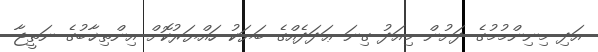
އަދި މިނިންމުމުގެ ދަށުން މިއަދު ގިނަ ޢަދަދެއްގެ ބަޔަކު ހައްޔަރުކޮށް އިންތިޚާބުގެ ނަތީޖާ